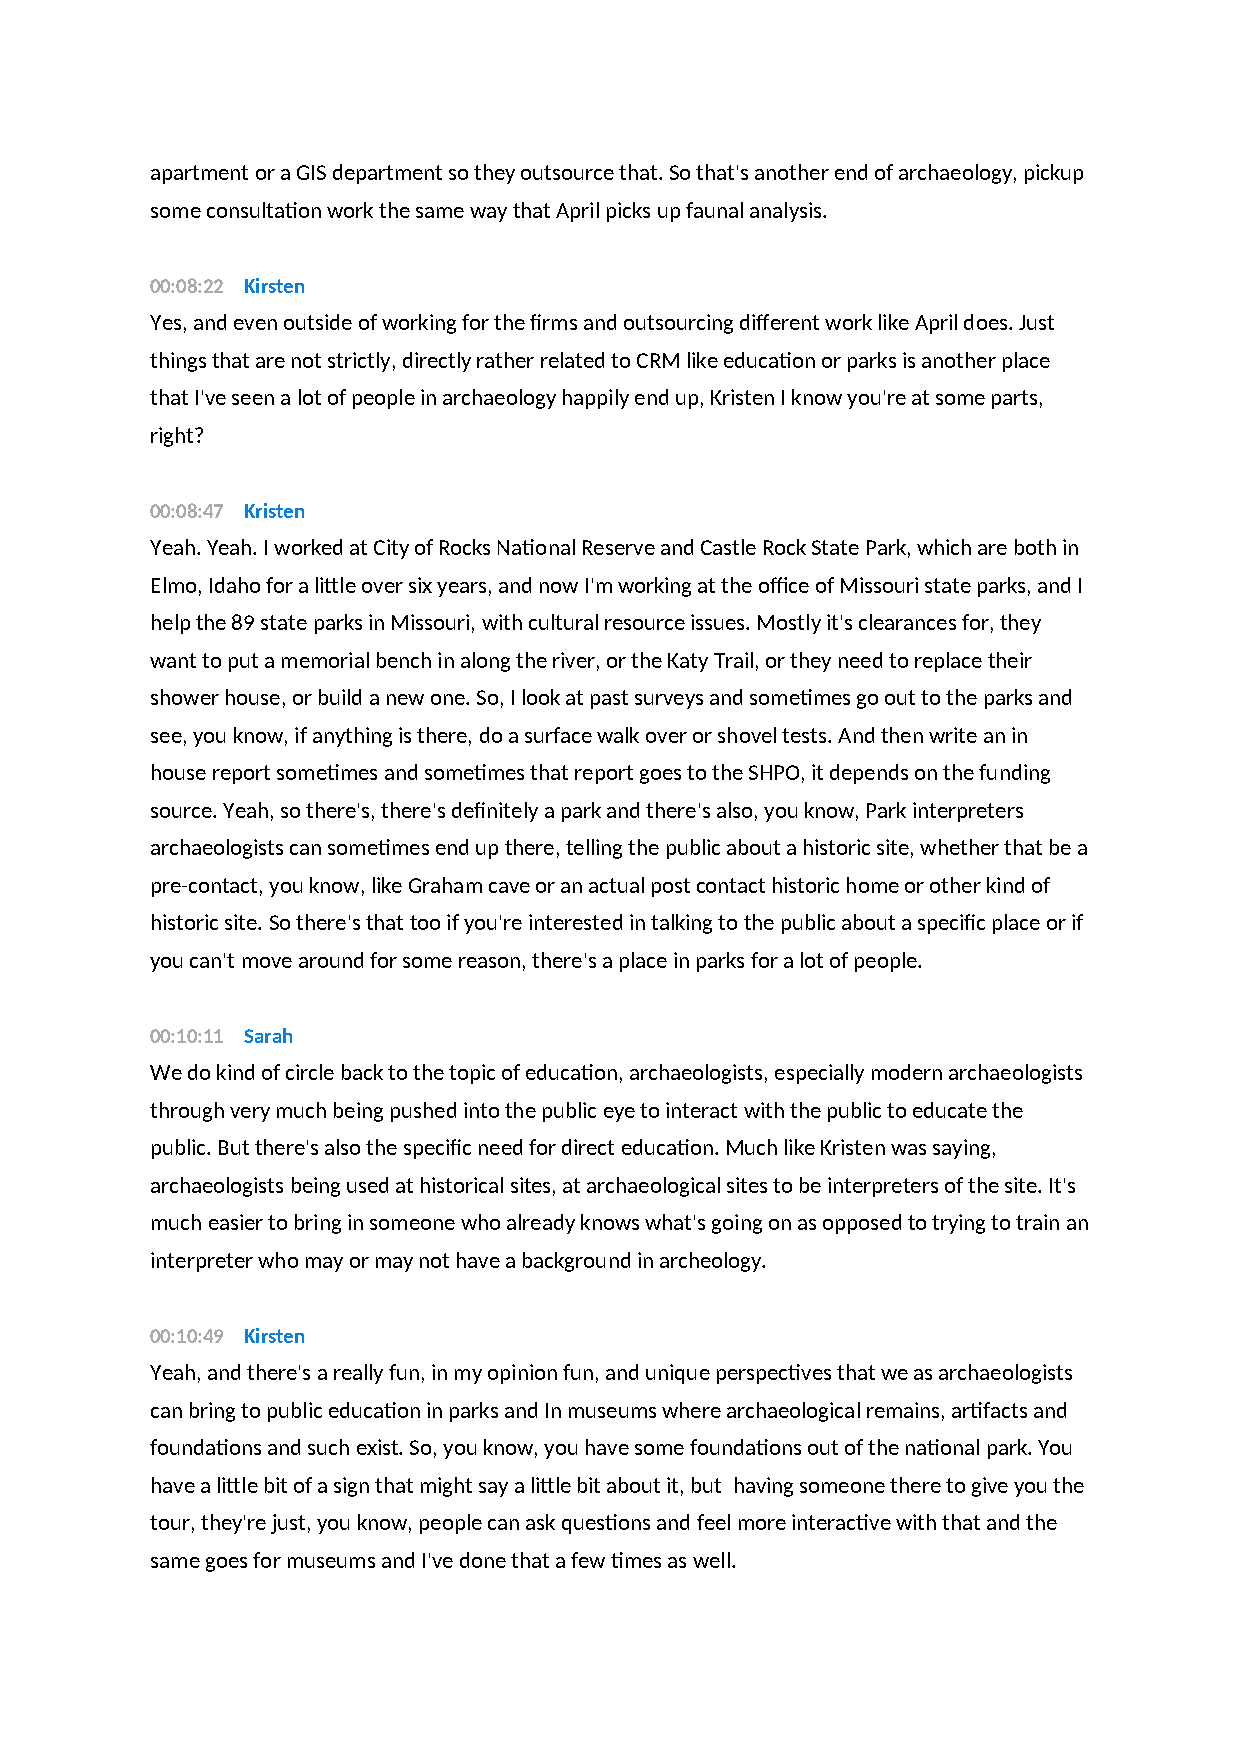
apartment or a GIS department so they outsource that. So that's another end of archaeology, pickup
 some consultation work the same way that April picks up faunal analysis.
 00:08:22 Kirsten
 Yes, and even outside of working for the firms and outsourcing different work like April does. Just
 things that are not strictly, directly rather related to CRM like education or parks is another place
 that I've seen a lot of people in archaeology happily end up, Kristen I know you're at some parts,
 right?
 00:08:47 Kristen
 Yeah. Yeah. I worked at City of Rocks National Reserve and Castle Rock State Park, which are both in
 Elmo, Idaho for a little over six years, and now I'm working at the office of Missouri state parks, and I
 help the 89 state parks in Missouri, with cultural resource issues. Mostly it's clearances for, they
 want to put a memorial bench in along the river, or the Katy Trail, or they need to replace their
 shower house, or build a new one. So, I look at past surveys and sometimes go out to the parks and
 see, you know, if anything is there, do a surface walk over or shovel tests. And then write an in
 house report sometimes and sometimes that report goes to the SHPO, it depends on the funding
 source. Yeah, so there's, there's definitely a park and there's also, you know, Park interpreters
 archaeologists can sometimes end up there, telling the public about a historic site, whether that be a
 pre-contact, you know, like Graham cave or an actual post contact historic home or other kind of
 historic site. So there's that too if you're interested in talking to the public about a specific place or if
 you can't move around for some reason, there's a place in parks for a lot of people.
 00:10:11 Sarah
 We do kind of circle back to the topic of education, archaeologists, especially modern archaeologists
 through very much being pushed into the public eye to interact with the public to educate the
 public. But there's also the specific need for direct education. Much like Kristen was saying,
 archaeologists being used at historical sites, at archaeological sites to be interpreters of the site. It's
 much easier to bring in someone who already knows what's going on as opposed to trying to train an
 interpreter who may or may not have a background in archeology.
 00:10:49 Kirsten
 Yeah, and there's a really fun, in my opinion fun, and unique perspectives that we as archaeologists
 can bring to public education in parks and In museums where archaeological remains, artifacts and
 foundations and such exist. So, you know, you have some foundations out of the national park. You
 have a little bit of a sign that might say a little bit about it, but having someone there to give you the
 tour, they're just, you know, people can ask questions and feel more interactive with that and the
 same goes for museums and I've done that a few times as well.